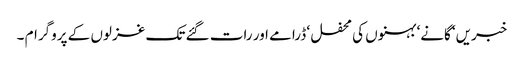
خبریں‘ گانے‘ بہنوں کی محفل ‘ ڈرامے اور رات گئے تک غزلوں کے پروگرام ۔